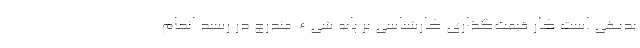
بدیهی است کار قیمت‌گذاری کارشناسی بر پایه شیء مندرج در رسید انجام